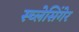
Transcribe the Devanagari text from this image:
स्च्लेसिंगेर